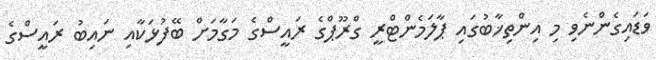
ވަޑައިގެންނެވި މި އިންތިޚާބުގައި ޕާލަމެންޓްރީ ގްރޫޕްގެ ރައީސްގެ މަގާމަށް ބޭފުޅަކާއި ނައިބު ރައީސްގެ